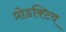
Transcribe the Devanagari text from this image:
प्रोडक्टिव